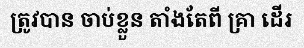
ត្រូវបាន ចាប់ខ្លួន តាំងតែពី គ្រា ដើរ